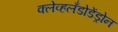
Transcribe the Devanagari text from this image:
क्लेव्हलँडोडेंड्रोन